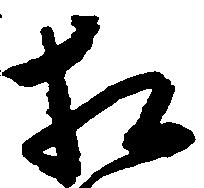
相